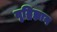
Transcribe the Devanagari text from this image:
वृद्धिज्ञान